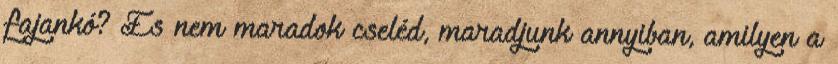
fajankó? És nem maradok cseléd, maradjunk annyiban, amilyen a